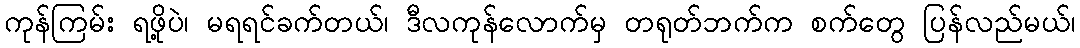
ကုန်ကြမ်း ရဖို့ပဲ၊ မရရင်ခက်တယ်၊ ဒီလကုန်လောက်မှ တရုတ်ဘက်က စက်တွေ ပြန်လည်မယ်၊